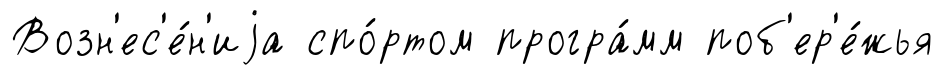
Возн'ес'е́н'иjа спо́ртом програ́мм поб'ер'е́жья